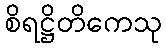
စိရဋ္ဌိတိကေသု